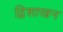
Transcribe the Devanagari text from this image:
द्विशाखन